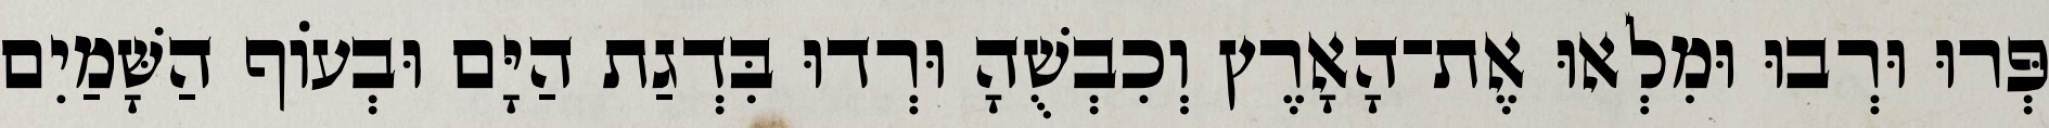
פְּרוּ וּרְבוּ וּמִלְאוּ אֶת־הָאָרֶץ וְכִבְשֻׁהָ וּרְדוּ בִּדְגַת הַיָּם וּבְעֹוף הַשָּׁמַיִם